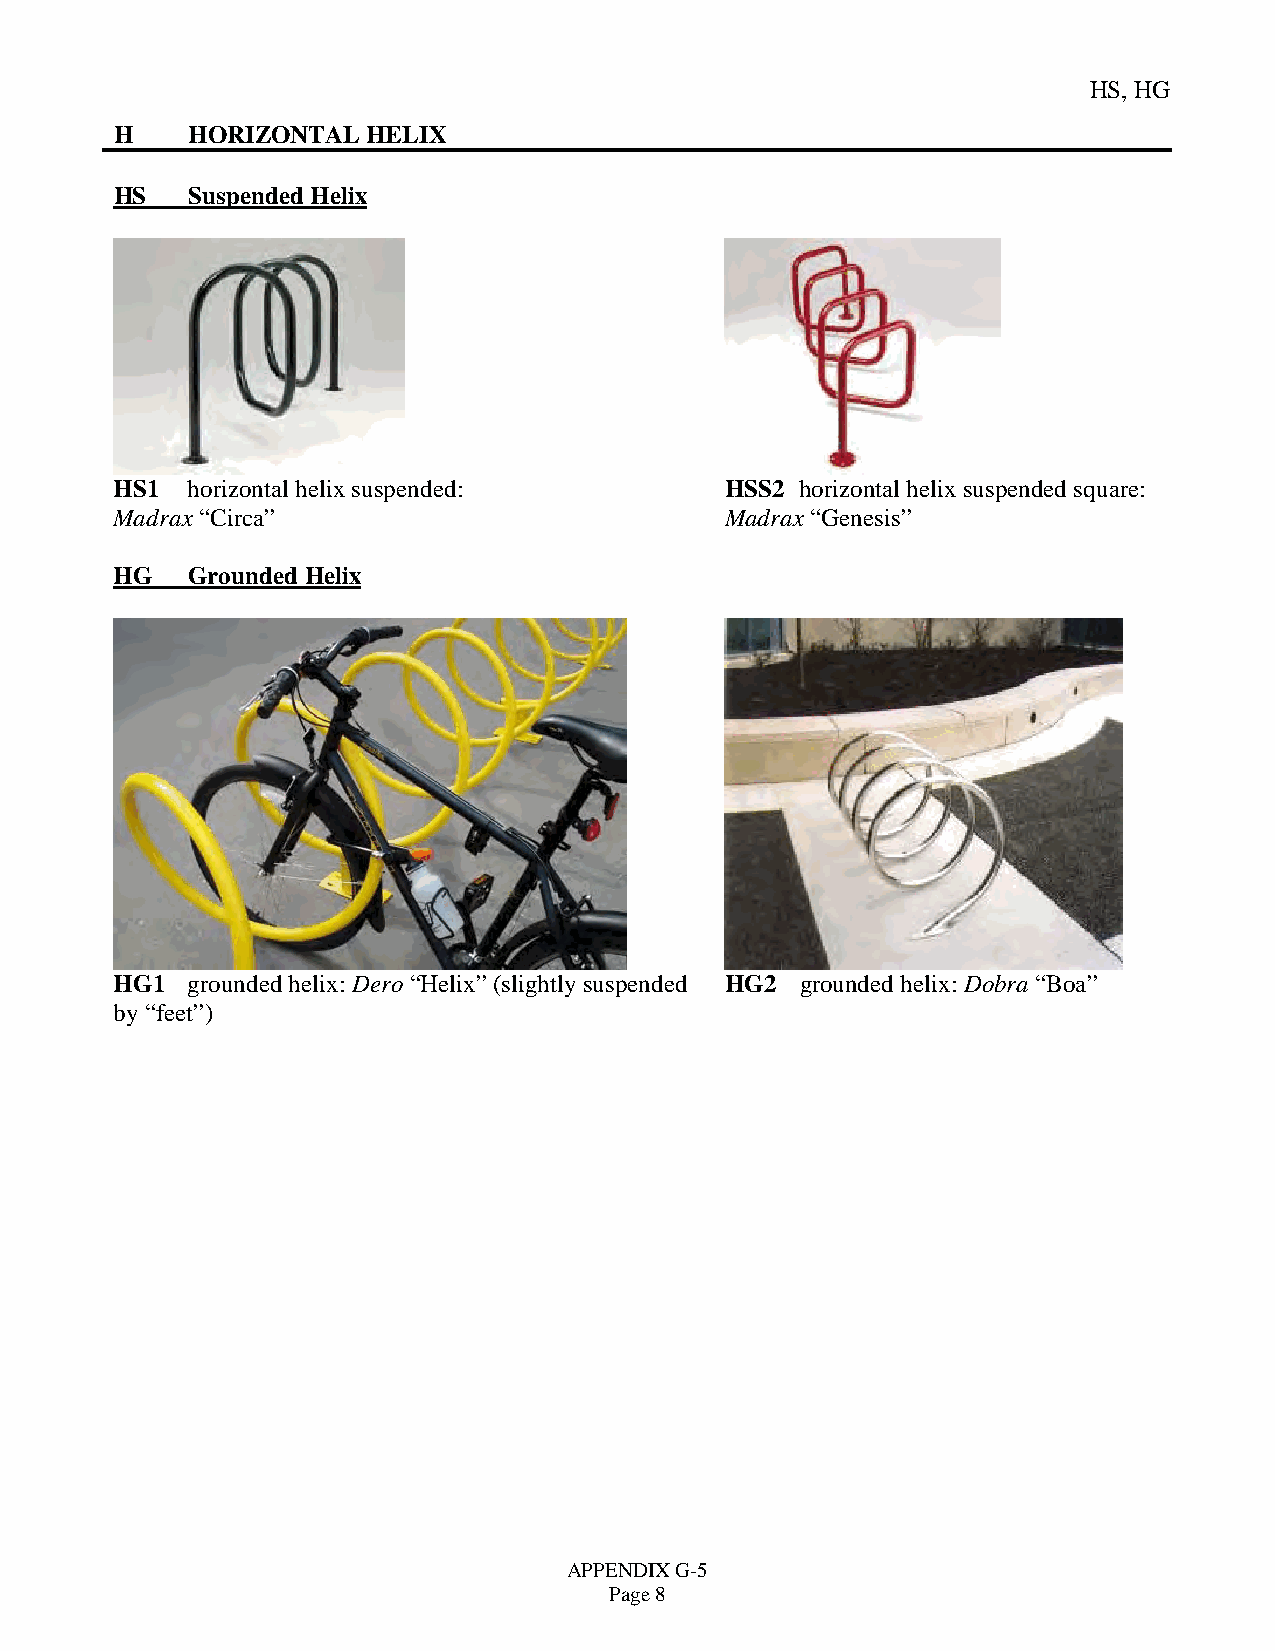
HS, HG
 H   HORIZONTAL  HELIX
 HS  Suspended Helix
 HS1 horizontal helix suspended:         HSS2 horizontal helix suspended square:
 Madrax “Circa”                          Madrax “Genesis”
 HG  Grounded Helix
 HG1 grounded helix: Dero “Helix” (slightly suspended HG2 grounded helix: Dobra “Boa”
 by “feet”)
 APPENDIX G-5
 Page 8